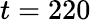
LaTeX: t=220